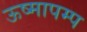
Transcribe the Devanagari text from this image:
ऊष्मापम्प